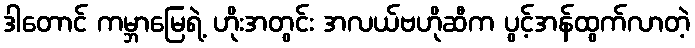
ဒါတောင် ကမ္ဘာမြေရဲ့ ဟိုးအတွင်း အလယ်ဗဟိုဆီက ပွင့်အန်ထွက်လာတဲ့